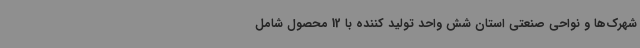
شهرک‌ها و نواحی صنعتی استان شش واحد تولید کننده با 12 محصول شامل